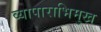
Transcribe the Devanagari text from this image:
व्यापाराभिमुख